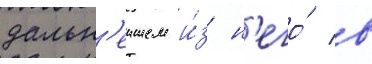
дальн'еишем и́з н'его́ в